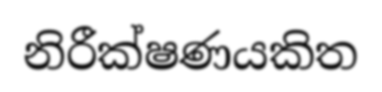
නිරීක්ෂණයකිත